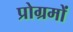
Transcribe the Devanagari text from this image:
प्रोग्रमों